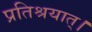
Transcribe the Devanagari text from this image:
प्रतिश्रयात्।